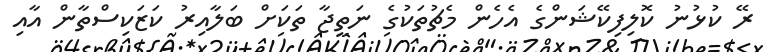
ރޭ ކުޅުނު ކޮލިފިކޭޝަންގެ އެހެން މެޗުތަކުގެ ނަތީޖާ ތަކަށް ބަލާއިރު ކަޒަކިސްތާން އާއި